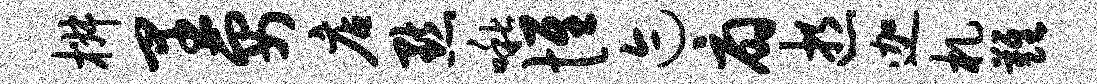
椒里要店默啾惟迹扇逝迦札难